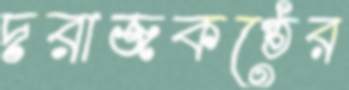
দরাজকণ্ঠের